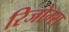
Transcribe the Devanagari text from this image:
रिजोम्‍स